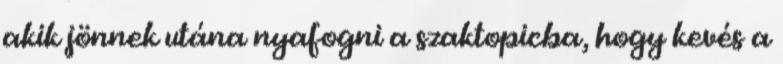
akik jönnek utána nyafogni a szaktopicba, hogy kevés a